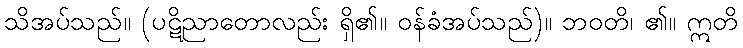
သိအပ်သည်။ (ပဋိညာတောလည်း ရှိ၏။ ဝန်ခံအပ်သည်)။ ဘဝတိ၊ ၏။ ဣတိ